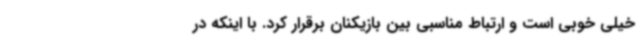
خیلی خوبی است و ارتباط مناسبی بین بازیکنان برقرار کرد. با اینکه در